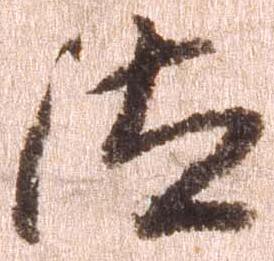
汰